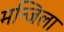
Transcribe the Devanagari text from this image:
मन्जिला